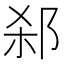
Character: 𬩻